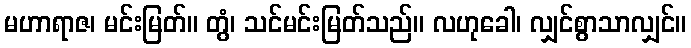
မဟာရာဇ၊ မင်းမြတ်။ တွံ၊ သင်မင်းမြတ်သည်။ လဟုခေါ၊ လျှင်စွာသာလျှင်။